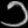
Digit: ၁